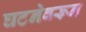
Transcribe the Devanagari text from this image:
घटनेवरून